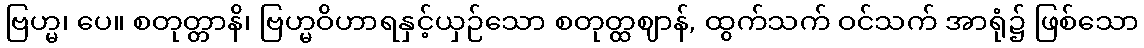
ဗြဟ္မ၊ ပေ။ စတုတ္တာနိ၊ ဗြဟ္မဝိဟာရနှင့်ယှဉ်သော စတုတ္ထဈာန်, ထွက်သက် ဝင်သက် အာရုံ၌ ဖြစ်သော